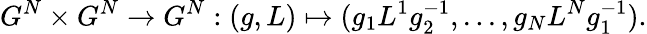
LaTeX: G^{N}\times G^{N}\rightarrow G^{N}:(g,L)\mapsto(g_{1}L^{1}g_{2}^{-1},...,g_{N}L^{N}g_{1}^{-1}).